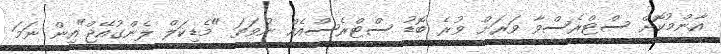
އާންމުކޮށް ސްޓްރެސްވާ ވަރަށް ވުރެ ބޮޑު ސްޓްރެސްއެއް ނުވަތަ "މެޑިކަލް ލެންގުއޭޖް"އިން ނަމަ